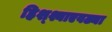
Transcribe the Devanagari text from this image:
हिश्श्याएवढ्या